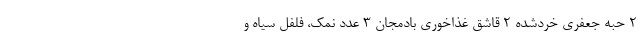
۲ حبه جعفری خردشده ۲ قاشق غذاخوری بادمجان ۳ عدد نمک، فلفل سیاه و